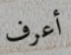
أعرف